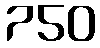
750